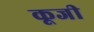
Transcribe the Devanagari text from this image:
कूजी